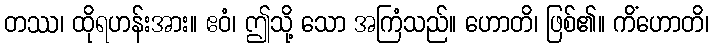
တဿ၊ ထိုရဟန်းအား။ ဧဝံ၊ ဤသို့ သော အကြံသည်။ ဟောတိ၊ ဖြစ်၏။ ကိံဟောတိ၊